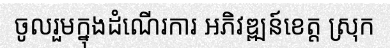
ចូលរួមក្នុងដំណើរការ អភិវឌ្ឍន៍ខេត្ត ស្រុក